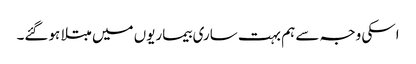
اسکی وجہ سے ہم بہت ساری بیماریوں میں مبتلا ہوگئے۔